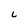
Character: L